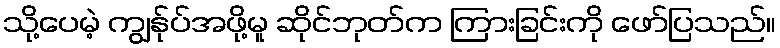
သို့ပေမဲ့ ကျွန်ုပ်အဖို့မူ ဆိုင်ဘုတ်က ကြားခြင်းကို ဖော်ပြသည်။